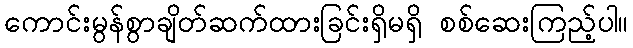
ကောင်းမွန်စွာချိတ်ဆက်ထားခြင်းရှိမရှိ စစ်ဆေးကြည့်ပါ။